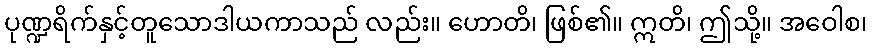
ပုဏ္ဍရိက်နှင့်တူသောဒါယကာသည် လည်း။ ဟောတိ၊ ဖြစ်၏။ ဣတိ၊ ဤသို့။ အဝေါစ၊